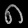
Digit: ၈